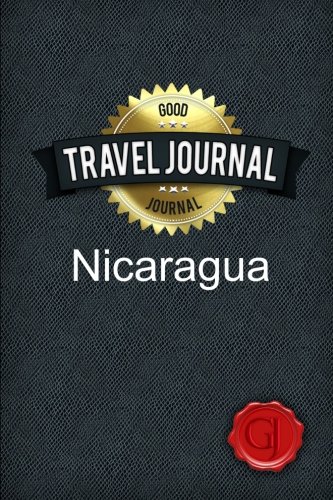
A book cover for Travel Journal Nicaragua; Good Journal; Travel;